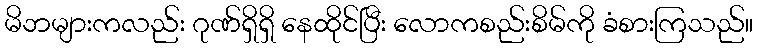
မိဘများကလည်း ဂုဏ်ရှိရှိ နေထိုင်ပြီး လောကစည်းစိမ်ကို ခံစားကြသည်။